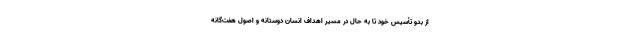
از بدو تأسیس خود تا به حال در مسیر اهداف انسان دوستانه و اصول هفت‌گانه